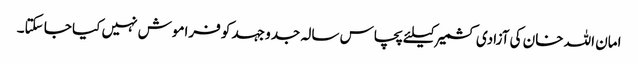
امان اللہ خان کی آزادی کشمیر کیلئے پچاس سالہ جدو جہد کو فراموش نہیں کیا جا سکتا۔